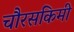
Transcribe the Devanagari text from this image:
चौरसकिमी